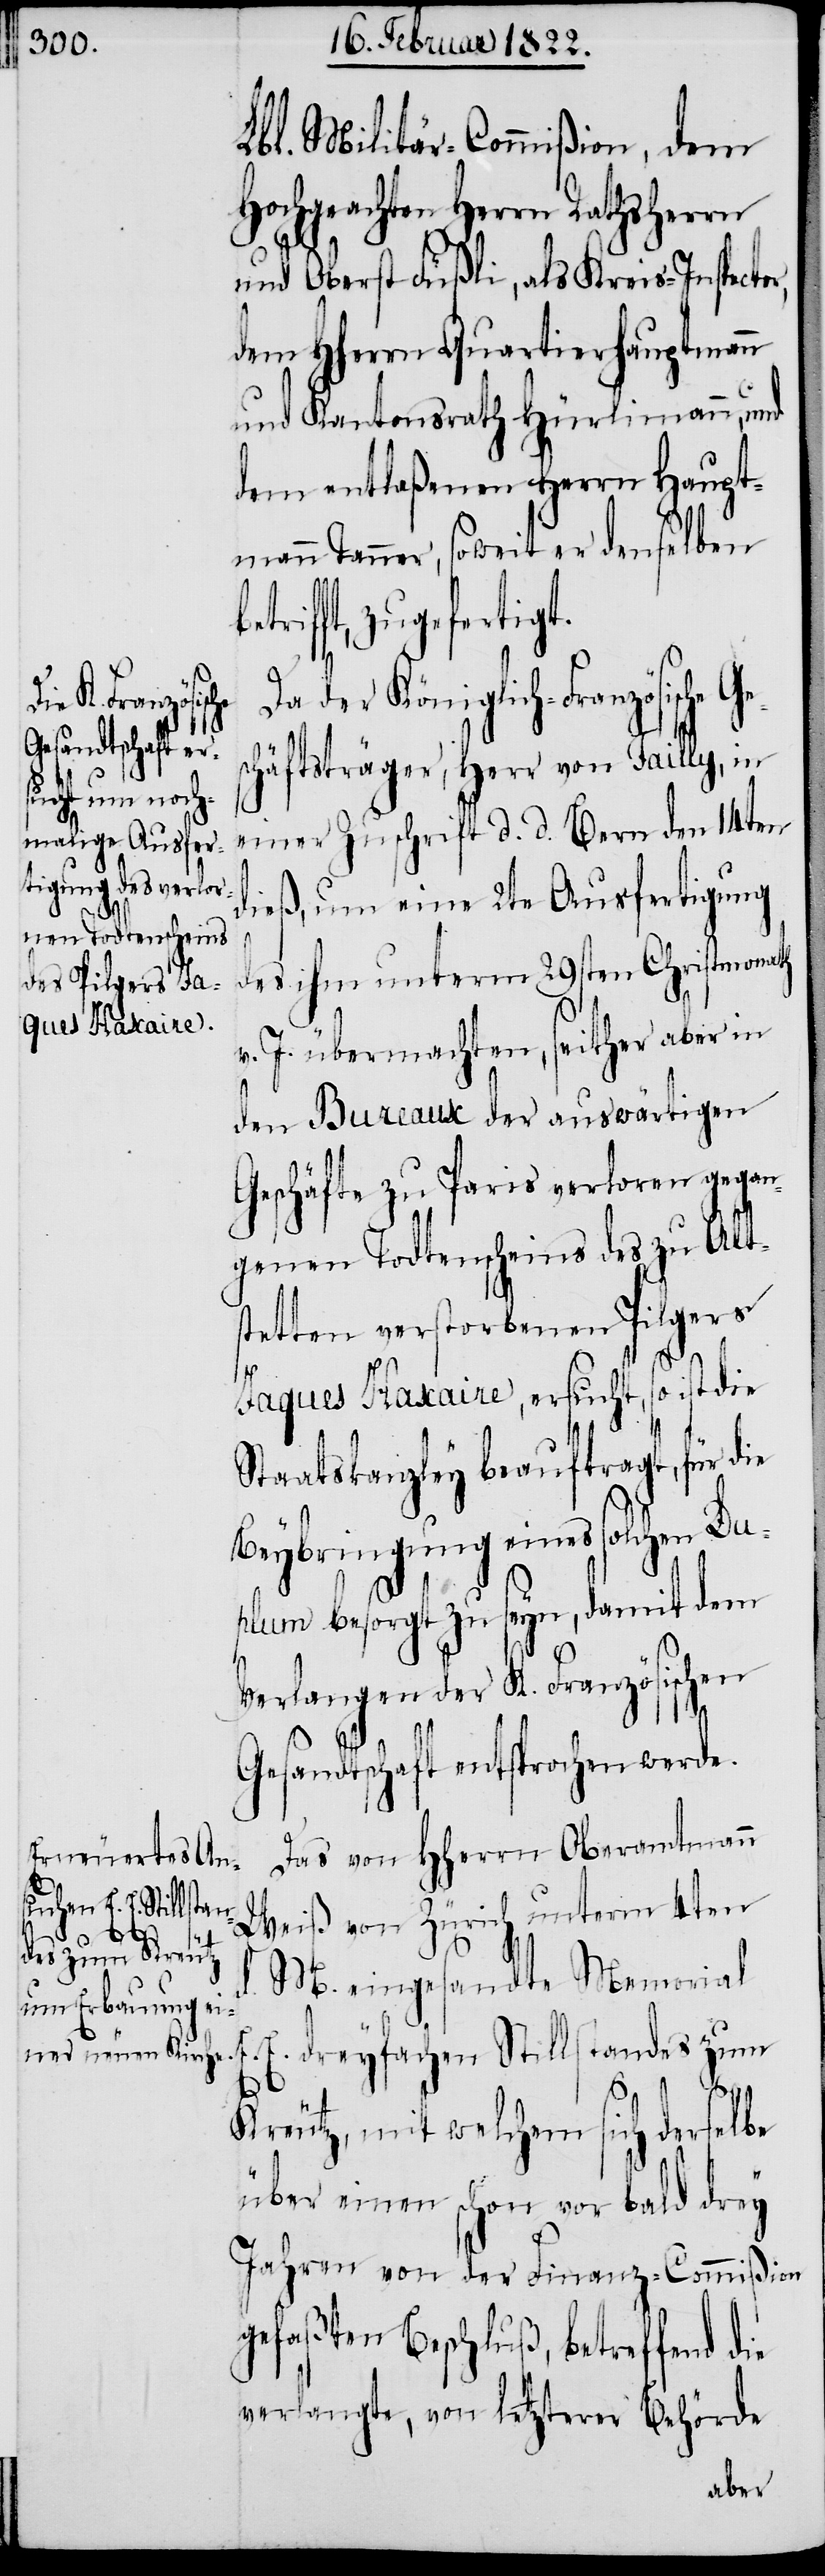
Lbl. Militär-Commißion, dem
Hochgeachteten Herrn
und Oberst Füßli, als Kreis-Inspecto¬
dem HHerrn Quartierhauptman¬
dem entlaßenen Herrn Haupt¬
mann Tanner, soweit er denselben
trifft, zugefertigt.
Da der Königlich-Französische
term 4ten d.
häftsträger, Herr von Tailly, in
einer Zuschrift d. d. Bern den 14ten
dieß, um eine 2te Ausfertigung
des ihm unterm 29sten Christmonath
v. J. übermachten, seither aber in
den Bureaux der auswärtigen
Geschäfte zu Paris verloren gegan¬
genen Todtenscheins des zu Alt¬
stetten verstorbenen Pilger
Jaques Haxaire, ersucht, so ist die
Staatskanzley beauftragt, für die
Beybringung eines solchen Du¬
plum besorgt zu seyn, damit dem
Verlangen der K. Französischen
Gesandtschaft entsprochen werde.
Das von HHerrn Oberamtmann
M. eingesandte Memorial
E.
Kreutz, mit welchem sich derselbe
über einen schon vor bald drey
Jahren von der Finanz-Commißion
gefaßten Beschluß, betreffend
verlangte, von letzterer Behörde